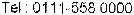
TEL : 0111-558 0000